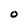
Character: 0